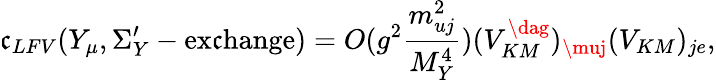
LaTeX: \mathfrak{c}_{LFV}(Y_{\mu},\Sigma_{Y}^{\prime}-\mathrm{{ex\mathfrak{c}hange}})=O(g^{2}\frac{{m_{uj}^{2}}}{{M_{Y}^{4}}})(V_{KM}^{\dag})_{\muj}(V_{KM})_{je},